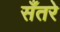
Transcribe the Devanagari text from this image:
सँतरे